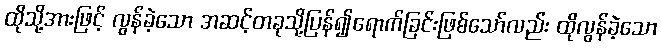
ထိုသို့အားဖြင့် လွန်ခဲ့သော အဆင့်တခုသို့ပြန်၍ရောက်ခြင်းဖြစ်သော်လည်း ထိုလွန်ခဲ့သော